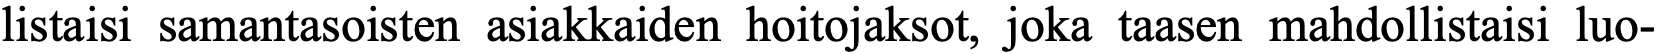
listaisi samantasoisten asiakkaiden hoitojaksot, joka taasen mahdollistaisi luo-